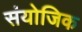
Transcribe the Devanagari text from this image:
संयोजिक